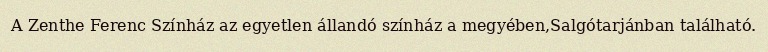
A Zenthe Ferenc Színház az egyetlen állandó színház a megyében,Salgótarjánban található.